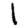
Digit: 1